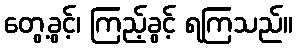
တွေ့ခွင့်၊ ကြည့်ခွင့် ရကြသည်။